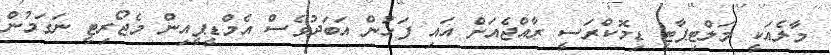
މާލެއަކީ މަލްޓިޕާޓީ ޑިމޮކްރަސީ ރާއްޖެއަށް އައި ފަހުން އަބަދުވެސް އެމްޑީޕީއިން މެޖޯރިޓީ ނަގަމުން